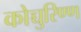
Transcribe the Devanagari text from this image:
कोच्चुरिण्ण